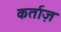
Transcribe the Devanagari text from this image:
कर्ताज़